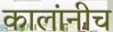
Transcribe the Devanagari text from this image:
कालांनीच